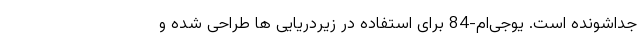
جداشونده است. یو‌جی‌ام-84 برای استفاده در زیردریایی ها طراحی شده و